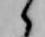
候